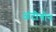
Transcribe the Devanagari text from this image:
अंटीगोन